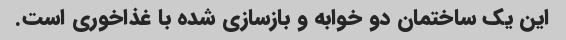
این یک ساختمان دو خوابه و بازسازی شده با غذاخوری است.